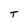
Character: T